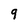
Character: q